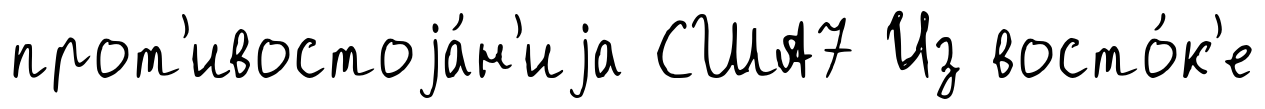
прот'ивостоjа́н'иjа США7 Из восто́к'е